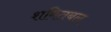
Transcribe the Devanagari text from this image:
शमितबल